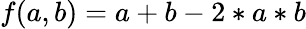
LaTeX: f(a,b)=a+b-2*a*b